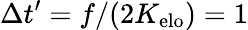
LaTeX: \Delta t^{\prime}=f/(2K_{\mathrm{elo}})=1